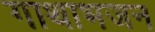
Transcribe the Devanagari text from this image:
गाथाभजन